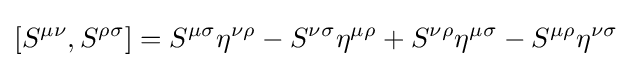
[S^{\mu \nu },S^{\rho \sigma }]=S^{\mu \sigma }\eta ^{\nu \rho }-S^{\nu \sigma }\eta ^{\mu \rho }+S^{\nu \rho }\eta ^{\mu \sigma }-S^{\mu \rho }\eta ^{\nu \sigma }